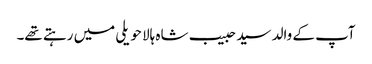
آپ کے والد سید حبیب شاہ ہالا حویلی میں رہتے تھے۔